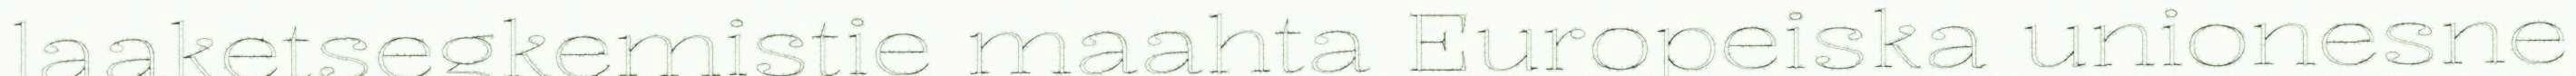
laaketsegkemistie maahta Europeiska unionesne